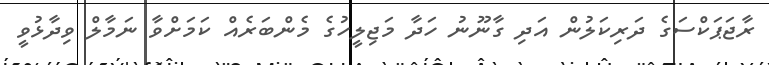
ރާޖަޕަކްސަގެ ދަރިކަލުން އަދި ގާނޫނު ހަދާ މަޖިލީހުގެ މެންބަރެއް ކަމަށްވާ ނަމާލް ވިދާޅުވީ